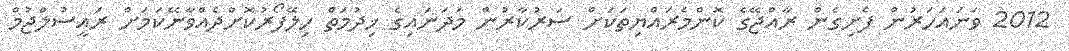
2012 ވަނައަހަރުން ފެށިގެން ރާއްޖޭގެ ކޮންމެރައްޔިތަކަށް ސަރުކާރުން މަދަނައިގެ ޚިދުމަތް ހިލޭފޯރުކޮށްދެއްވާނޭކަމަށް ރައީސުލްޖުމް